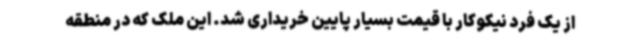
از یک فرد نیکوکار با قیمت بسیار پایین خریداری شد. این ملک که در منطقه